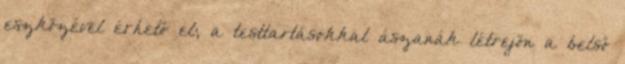
eszközével érhető el; a testtartásokkal ászanák létrejön a belső